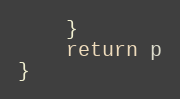
Language: Go
	}
	return p
}